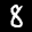
Label: 8